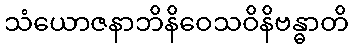
သံယောဇနာဘိနိဝေသဝိနိဗန္ဓာတိ